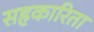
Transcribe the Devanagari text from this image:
सहकारिता